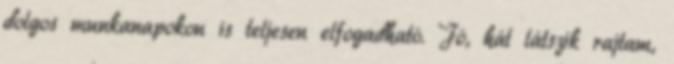
dolgos munkanapokon is teljesen elfogadható. Jó, hát látszik rajtam,